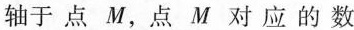
轴于点M，点M对应的数